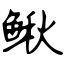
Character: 鳅